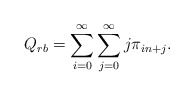
\begin{align*}Q_{rb} = \sum_{i=0}^{\infty} \sum_{j=0}^{\infty} j \pi _{in+j}.\end{align*}